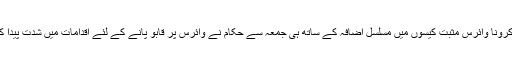
ضلع میں کرونا وائرس مثبت کیسوں میں مسلسل اضافہ کے ساتھ ہی جمعہ سے حکام نے وائرس پر قابو پانے کے لئے اقدامات میں شدت پیدا کردی ہے ۔